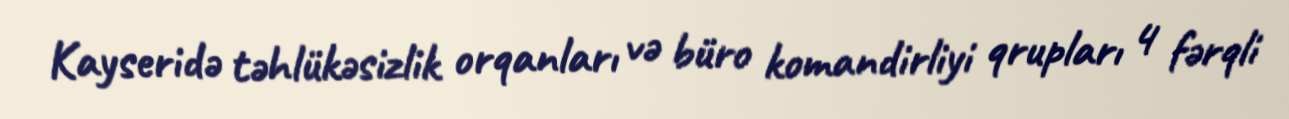
Kayseridə təhlükəsizlik orqanları və büro komandirliyi qrupları 4 fərqli